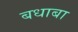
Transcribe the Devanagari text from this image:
बधाबा